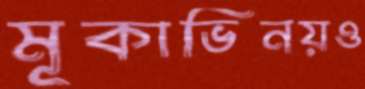
মূকাভিনয়ও